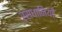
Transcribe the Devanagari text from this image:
रसधानियाँ